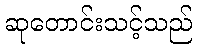
ဆုတောင်းသင့်သည်